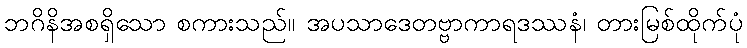
ဘဂိနိအစရှိသော စကားသည်။ အပသာဒေတဗ္ဗာကာရဒဿနံ၊ တားမြစ်ထိုက်ပုံ